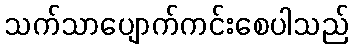
သက်သာပျောက်ကင်းစေပါသည်